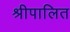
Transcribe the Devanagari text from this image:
श्रीपालित